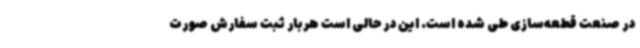
در صنعت قطعه‌سازی طی شده است. این در حالی است هربار ثبت سفارش صورت